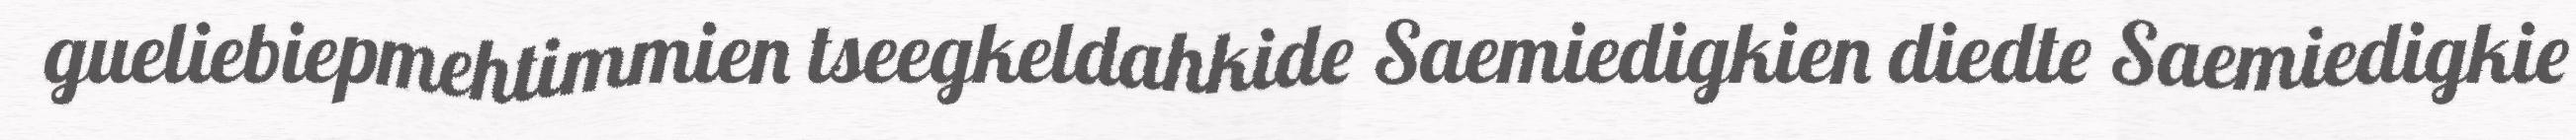
gueliebiepmehtimmien tseegkeldahkide Saemiedigkien diedte Saemiedigkie